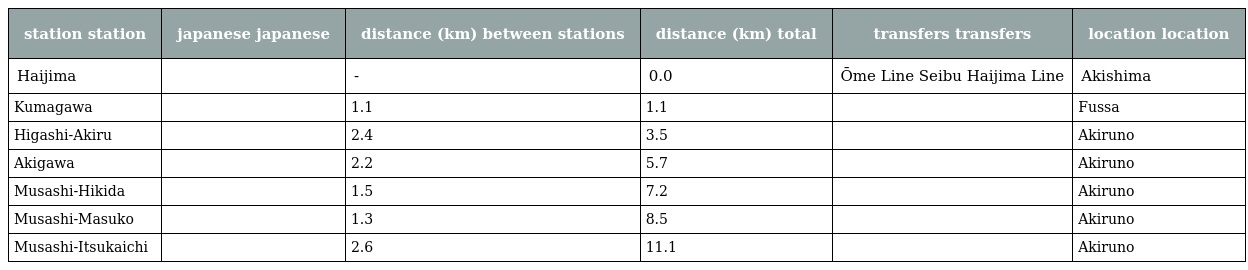
| station station | japanese japanese | distance (km) between stations | distance (km) total | transfers transfers | location location |
 | --- | --- | --- | --- | --- | --- |
 | Haijima | 拝島 | - | 0.0 | Ōme Line Seibu Haijima Line | Akishima |
 | Kumagawa | 熊川 | 1.1 | 1.1 |  | Fussa |
 | Higashi-Akiru | 東秋留 | 2.4 | 3.5 |  | Akiruno |
 | Akigawa | 秋川 | 2.2 | 5.7 |  | Akiruno |
 | Musashi-Hikida | 武蔵引田 | 1.5 | 7.2 |  | Akiruno |
 | Musashi-Masuko | 武蔵増戸 | 1.3 | 8.5 |  | Akiruno |
 | Musashi-Itsukaichi | 武蔵五日市 | 2.6 | 11.1 |  | Akiruno |